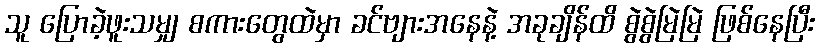
သူ ပြောခဲ့ဖူးသမျှ စကားတွေထဲမှာ ခင်ဗျားအနေနဲ့ အခုချိန်ထိ စွဲစွဲမြဲမြဲ ဖြစ်နေပြီး